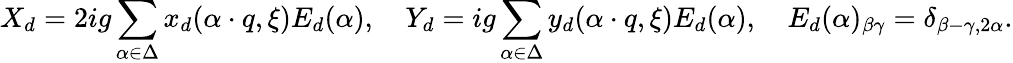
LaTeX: X_{d}=2ig\sum_{\alpha\in\Delta}x_{d}(\alpha\cdot q,\xi)E_{d}(\alpha),\quad Y_{d}=ig\sum_{\alpha\in\Delta}y_{d}(\alpha\cdot q,\xi)E_{d}(\alpha),\quad E_{d}(\alpha)_{\beta\gamma}=\delta_{\beta-\gamma,2\alpha}.